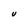
Character: U